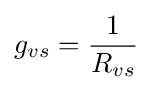
g_{vs}={\frac {1}{R_{vs}}}